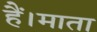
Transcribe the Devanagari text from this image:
हैं।माता